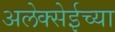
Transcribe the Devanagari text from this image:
अलेक्सेईच्या